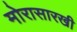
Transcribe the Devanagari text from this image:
मोरासारखी